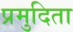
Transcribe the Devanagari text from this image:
प्रमुदिता